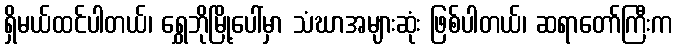
ရှိမယ်ထင်ပါတယ်၊ ရွှေဘိုမြို့ပေါ်မှာ သံဃာအများဆုံး ဖြစ်ပါတယ်၊ ဆရာတော်ကြီးက